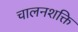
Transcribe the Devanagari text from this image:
चालनशक्ति